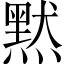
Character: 黙